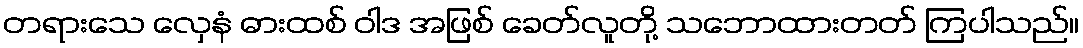
တရားသေ လှေနံ ဓားထစ် ဝါဒ အဖြစ် ခေတ်လူတို့ သဘောထားတတ် ကြပါသည်။